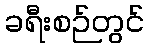
ခရီးစဉ်တွင်